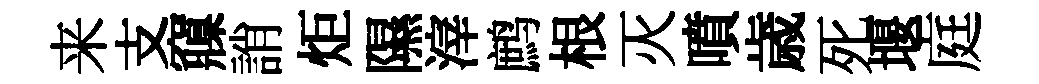
来支䆿誚炬隰滓鹧根灭噴歳死堰庭